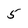
Character: 5